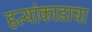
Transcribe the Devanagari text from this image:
हत्यांकाडाचा